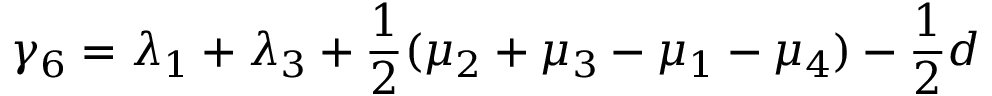
\gamma _ { 6 } = \lambda _ { 1 } + \lambda _ { 3 } + \frac { 1 } { 2 } ( \mu _ { 2 } + \mu _ { 3 } - \mu _ { 1 } - \mu _ { 4 } ) - \frac { 1 } { 2 } d